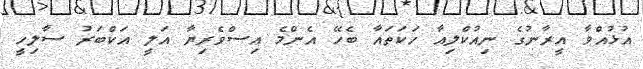
އުޅުއްވާ އީރާނުގެ ނިއުކްލިއާ ހަކަތައާ ބެހޭ އެންމެ އިސްވެރިޔާ އަލީ އަކްބަރު ސާލިހީ